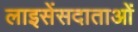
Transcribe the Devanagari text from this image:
लाइसेंसदाताओं